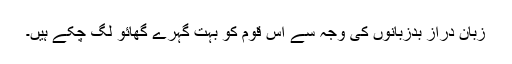
زبان دراز بدزبانوں کی وجہ سے اس قوم کو بہت گہرے گھائو لگ چکے ہیں۔